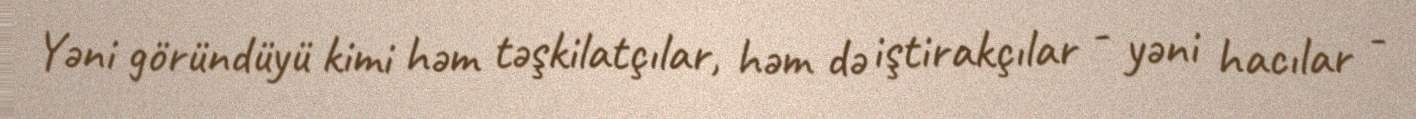
Yəni göründüyü kimi həm təşkilatçılar, həm də iştirakçılar - yəni hacılar -